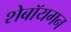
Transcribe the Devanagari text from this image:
शेबॉयगन